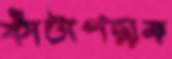
কাঁটাপদ্মম